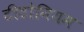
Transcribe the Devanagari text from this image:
टीटोनियम